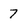
Character: 7